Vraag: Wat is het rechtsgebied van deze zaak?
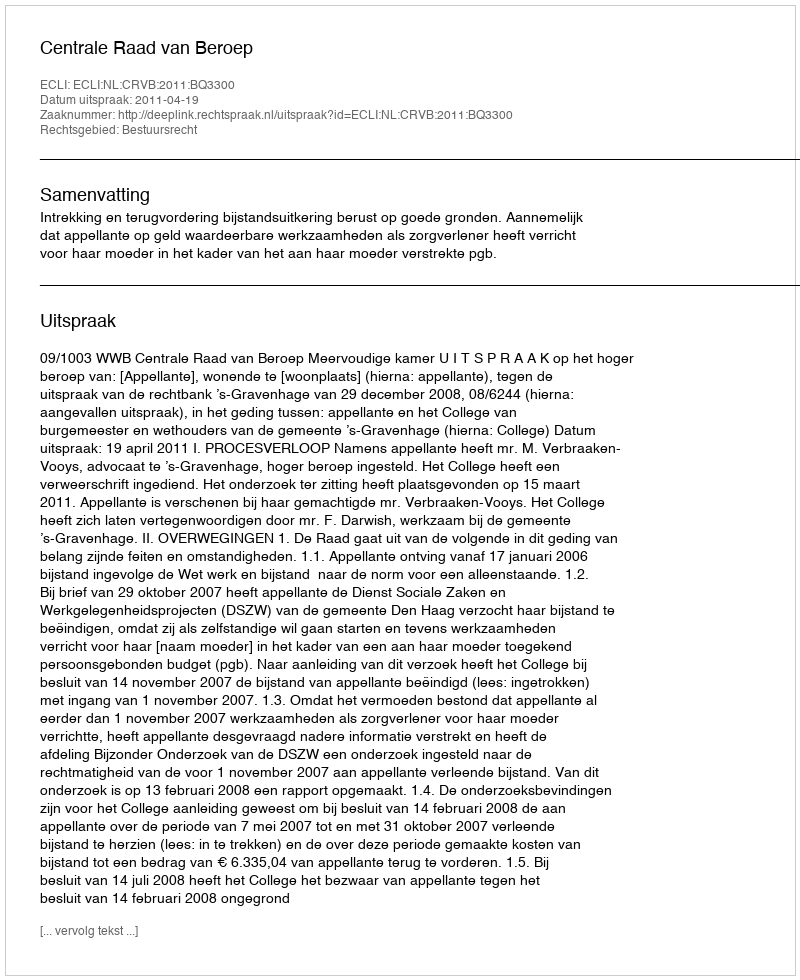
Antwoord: Bestuursrecht